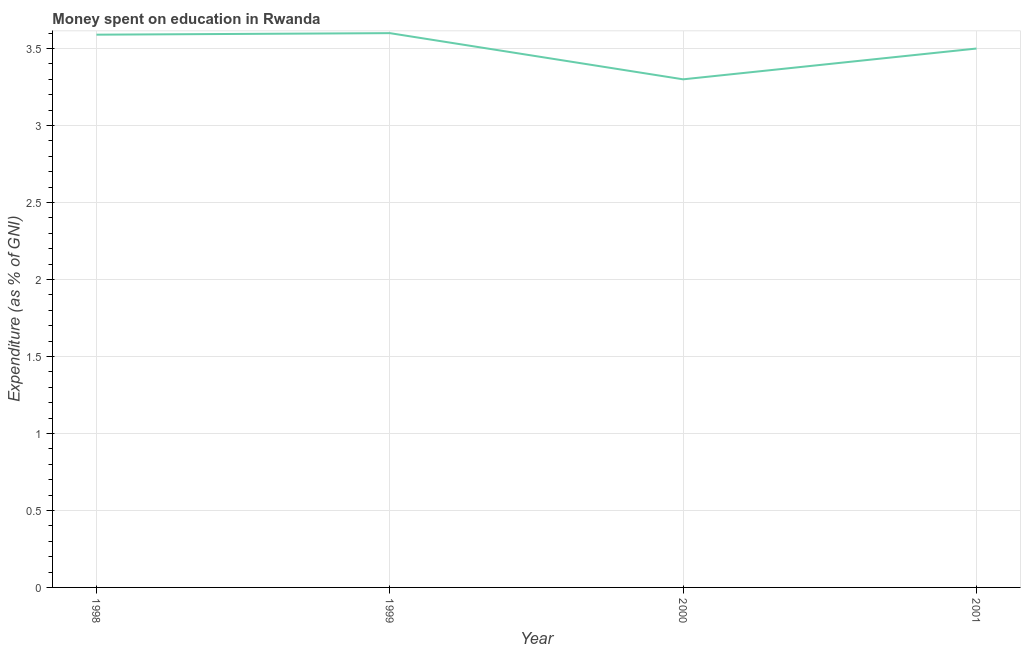
| Year | Education expenditure |
 | --- | --- |
 | 1998 | 3.59 |
 | 1999 | 3.6 |
 | 2000 | 3.3 |
 | 2001 | 3.5 |